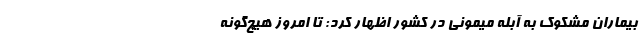
بیماران مشکوک به آبله میمونی در کشور اظهار کرد: تا امروز هیچ‌گونه